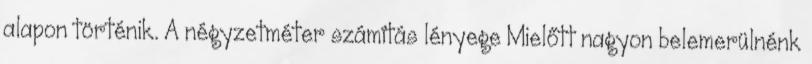
alapon történik. A négyzetméter számítás lényege Mielőtt nagyon belemerülnénk